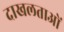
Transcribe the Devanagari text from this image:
दाखलताओं